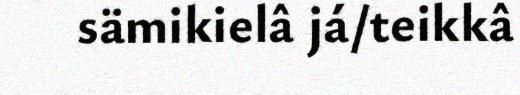
sämikielâ já/teikkâ